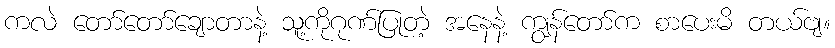
ကလဲ တော်တော်ချောတာနဲ့ သူ့ကိုဂုဏ်ပြုတဲ့ အနေနဲ့ ကျွန်တော်က စာပေးမိ တယ်ဗျ။